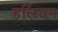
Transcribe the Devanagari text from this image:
हर्लियन